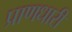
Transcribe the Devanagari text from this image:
प्राणधारी